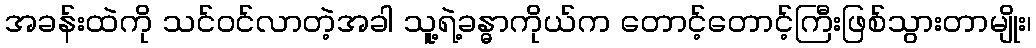
အခန်းထဲကို သင်ဝင်လာတဲ့အခါ သူ့ရဲ့ခန္ဓာကိုယ်က တောင့်တောင့်ကြီးဖြစ်သွားတာမျိုး၊